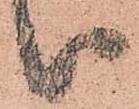
被